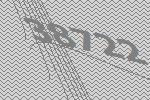
38722